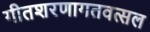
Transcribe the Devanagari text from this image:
गीतशरणागतवत्सल